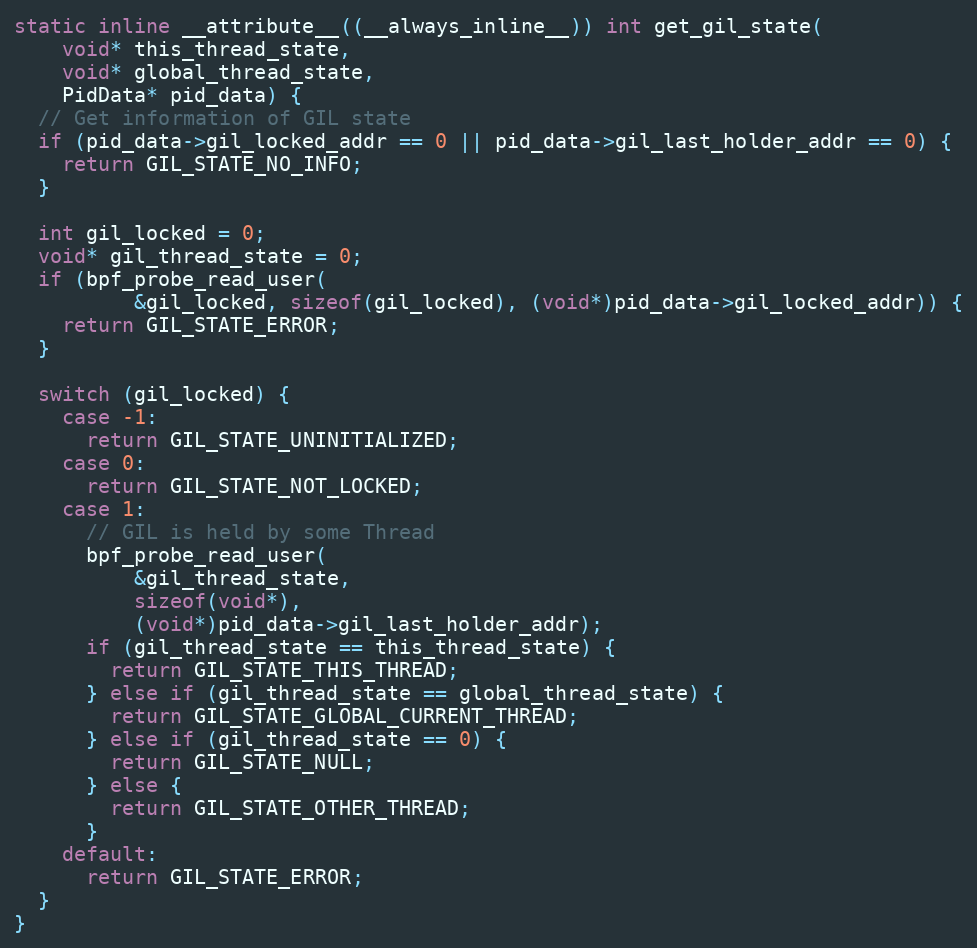
Language: C++
static inline __attribute__((__always_inline__)) int get_gil_state(
    void* this_thread_state,
    void* global_thread_state,
    PidData* pid_data) {
  // Get information of GIL state
  if (pid_data->gil_locked_addr == 0 || pid_data->gil_last_holder_addr == 0) {
    return GIL_STATE_NO_INFO;
  }

  int gil_locked = 0;
  void* gil_thread_state = 0;
  if (bpf_probe_read_user(
          &gil_locked, sizeof(gil_locked), (void*)pid_data->gil_locked_addr)) {
    return GIL_STATE_ERROR;
  }

  switch (gil_locked) {
    case -1:
      return GIL_STATE_UNINITIALIZED;
    case 0:
      return GIL_STATE_NOT_LOCKED;
    case 1:
      // GIL is held by some Thread
      bpf_probe_read_user(
          &gil_thread_state,
          sizeof(void*),
          (void*)pid_data->gil_last_holder_addr);
      if (gil_thread_state == this_thread_state) {
        return GIL_STATE_THIS_THREAD;
      } else if (gil_thread_state == global_thread_state) {
        return GIL_STATE_GLOBAL_CURRENT_THREAD;
      } else if (gil_thread_state == 0) {
        return GIL_STATE_NULL;
      } else {
        return GIL_STATE_OTHER_THREAD;
      }
    default:
      return GIL_STATE_ERROR;
  }
}